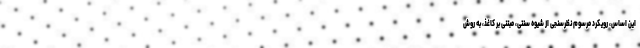
این اساس، رویکرد مرسوم نظرسنجی از شیوه سنتی، مبتنی بر کاغذ، به روش